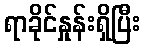
ရာခိုင်နှုန်းရှိပြီး